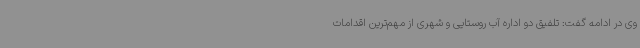
وی در ادامه گفت: تلفیق دو اداره آب روستایی و شهری از مهم‌ترین اقدامات